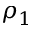
\rho _ { 1 }